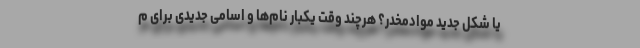
یا شکل جدید موادمخدر؟ هرچند وقت یکبار نام‌ها و اسامی جدیدی برای م